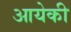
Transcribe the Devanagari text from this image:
आयेकी